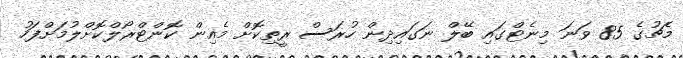
މެޗުގެ 85 ވަނަ މިނެޓްގައި ބޭލް ނަގައިދިން ހުރަސް ރީތިކޮށް މެއިން ކޮންޓްރޯލްކޮށްލުމަށްފަހު